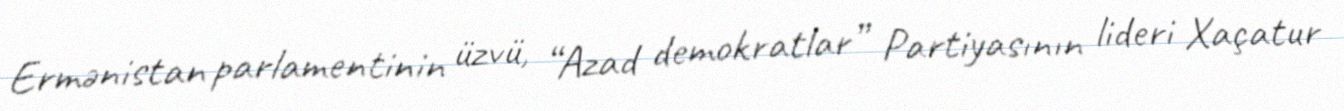
Ermənistan parlamentinin üzvü, “Azad demokratlar” Partiyasının lideri Xaçatur